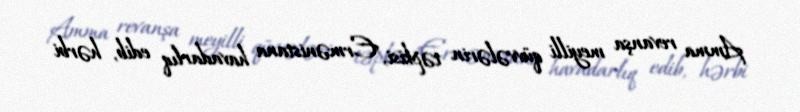
Amma revanşa meyilli qüvvələrin təpkisi, Ermənistana havadarlıq edib, hərbi